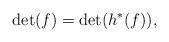
LaTeX: \begin{align*}\det(f)=\det(h^*(f)),\end{align*}